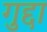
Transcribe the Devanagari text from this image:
गुद्दा